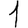
Digit: 1